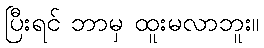
ပြီးရင် ဘာမှ ထူးမလာဘူး။